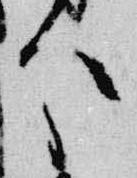
分